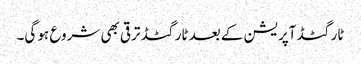
ٹارگٹڈ آپریشن کے بعد ٹارگٹڈ ترقی بھی شروع ہو گی۔